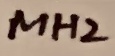
Text: MH2